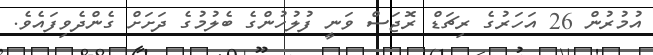
އުމުރުން 26 އަހަރުގެ ރިޗަޑް ރޮޖަސް ވަނީ ފުލުހުންގެ ބެލުމުގެ ދަށަށް ގެންދެވިފައެވެ.